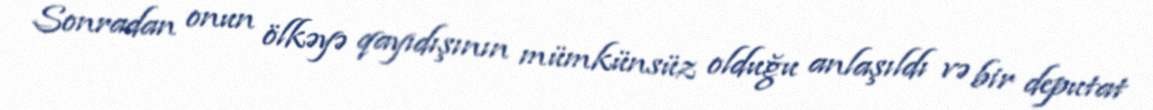
Sonradan onun ölkəyə qayıdışının mümkünsüz olduğu anlaşıldı və bir deputat